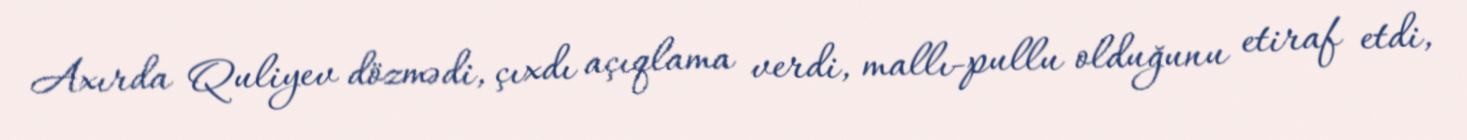
Axırda Quliyev dözmədi, çıxdı açıqlama verdi, mallı-pullu olduğunu etiraf etdi,